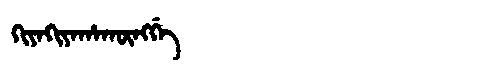
Manchu: ᡴᡳᠶᠠᡴᡳᠶᠠᡥᠠᡴᡡᠩᡤᡝ
Romanization: KIYAKIYAHAKŪNGGE